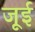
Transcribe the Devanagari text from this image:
जूई